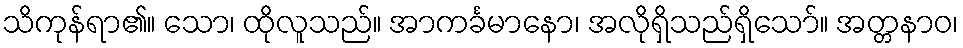
သိကုန်ရာ၏။ သော၊ ထိုလူသည်။ အာကင်္ခမာနော၊ အလိုရှိသည်ရှိသော်။ အတ္တနာဝ၊